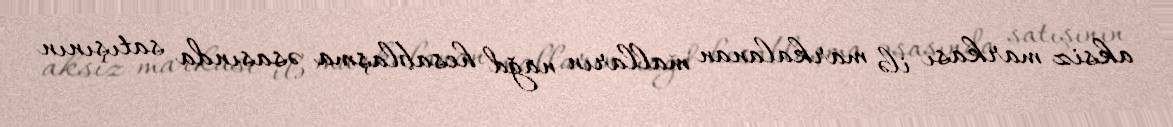
aksiz markası ilə markalanan malların nağd hesablaşma əsasında satışının